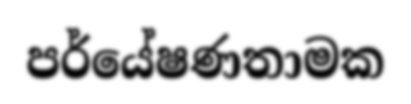
පර්යේෂණතාමක